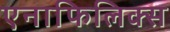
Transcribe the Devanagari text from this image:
एनाफिलिक्स